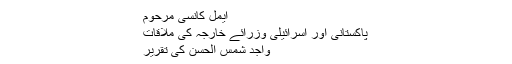
ایمل کانسی مرحوم
پاکستانی اور اسرائیلی وزرائے خارجہ کی ملاقات
واجد شمس الحسن کی تقریر